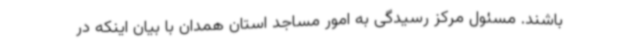
باشند. مسئول مرکز رسیدگی به امور مساجد استان همدان با بیان اینکه در